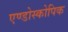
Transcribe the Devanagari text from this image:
एण्डोस्कोपिक